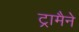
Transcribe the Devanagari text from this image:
ट्रामैने